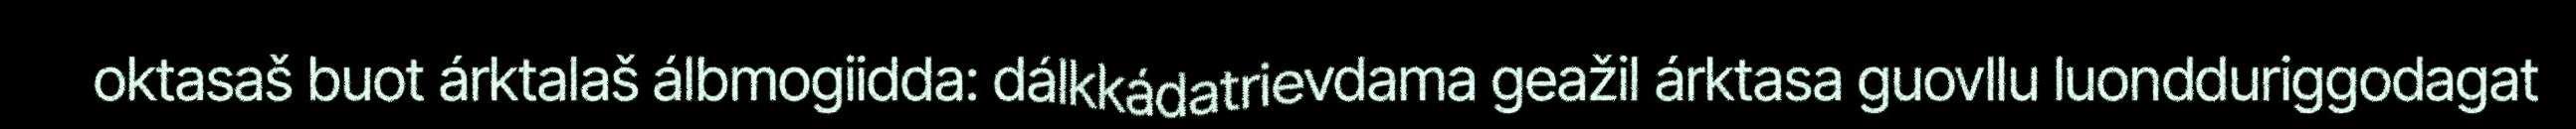
oktasaš buot árktalaš álbmogiidda: dálkkádatrievdama geažil árktasa guovllu luondduriggodagat